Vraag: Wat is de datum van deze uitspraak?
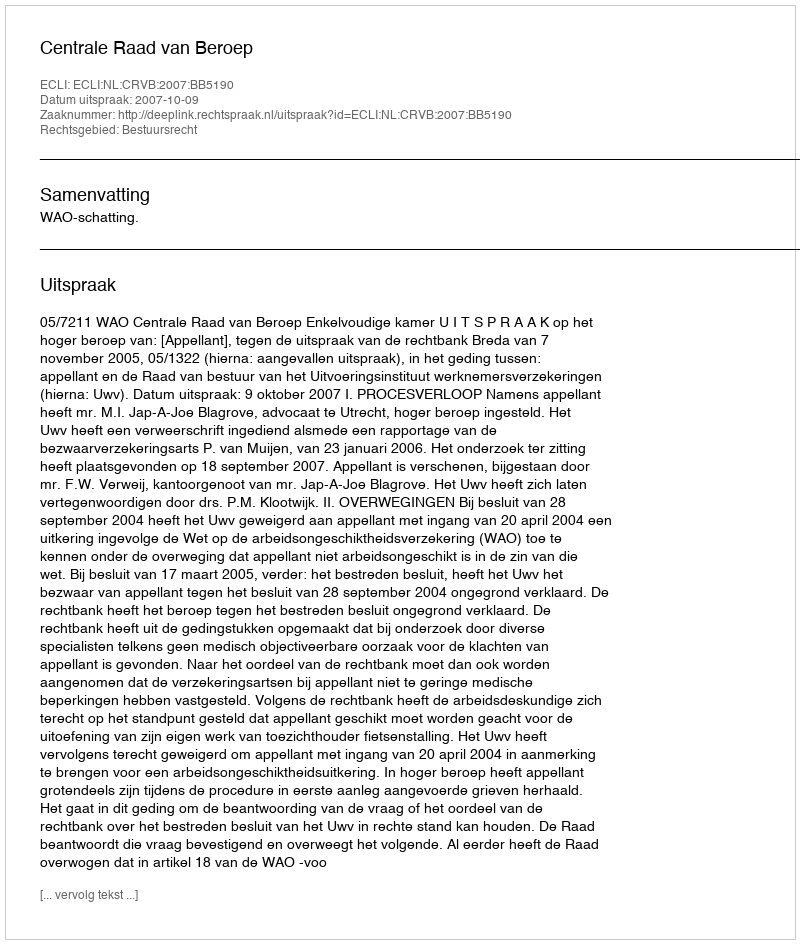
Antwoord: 2007-10-09